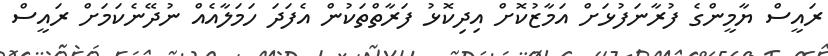
ރައީސް ޔާމީންގެ ފުރާނަފުޅަށް އަމާޒުކޮށް އިދިކޮޅު ފަރާތްތަކުން އެފަދަ ހަމަލާއެއް ނުދޭނެކަމަށް ރައީސް